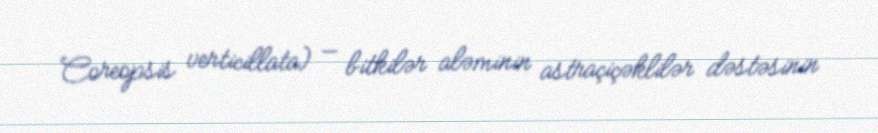
Coreopsis verticillata) — bitkilər aləminin astraçiçəklilər dəstəsinin